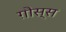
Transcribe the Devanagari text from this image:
ग़ौस्स